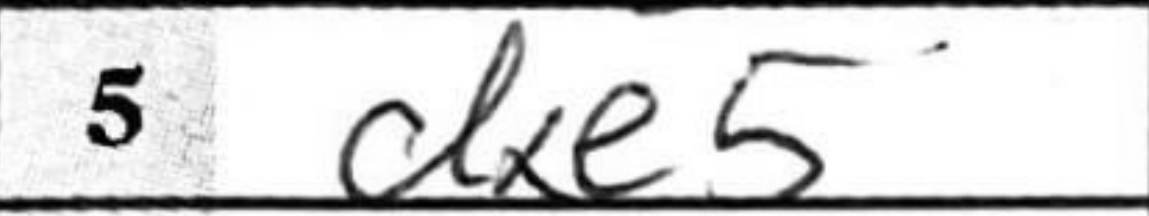
Transcription: dxe5